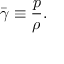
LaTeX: \bar { \gamma } \equiv \frac { p } { \rho } .